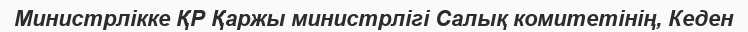
Министрлікке ҚР Қаржы министрлігі Салық комитетінің, Кеден